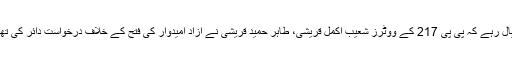
خیال رہے کہ پی پی 217 کے ووٹرز شعیب اکمل قریشی، طاہر حمید قریشی نے آزاد امیدوار کی فتح کے خلاف درخواست دائر کی تھی۔